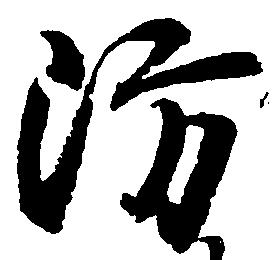
防